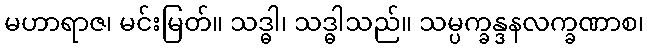
မဟာရာဇ၊ မင်းမြတ်။ သဒ္ဓါ၊ သဒ္ဓါသည်။ သမ္ပက္ခန္ဒနလက္ခဏာစ၊